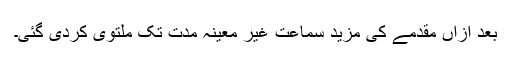
بعد ازاں مقدمے کی مزید سماعت غیر معینہ مدت تک ملتوی کردی گئی۔